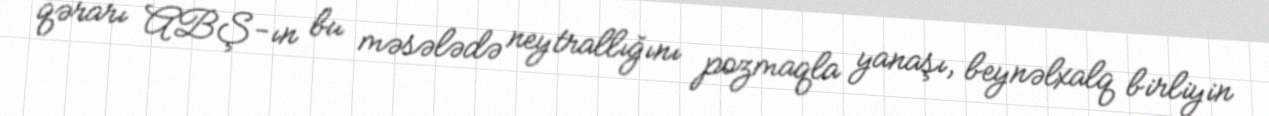
qərarı ABŞ-ın bu məsələdə neytrallığını pozmaqla yanaşı, beynəlxalq birliyin